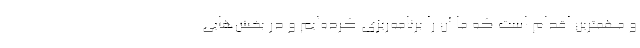
و مهمترین اقدام است که ما آن را برنامه‌ریزی کرده‌ایم و در بخش‌هایی